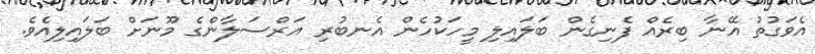
އެވަގުތު އޭނާ ބިރެއް ފެނިގެން ބަަލައިިލި މީހަކުހެން އެނބުރި އަރްސަލާންގެ މޫނަށް ބަލައިލިއެވެ.